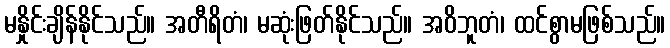
မနှိုင်းချိန်နိုင်သည်။ အတီရိတံ၊ မဆုံးဖြတ်နိုင်သည်။ အဝိဘူတံ၊ ထင်စွာမဖြစ်သည်။